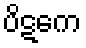
ပိဋကေ